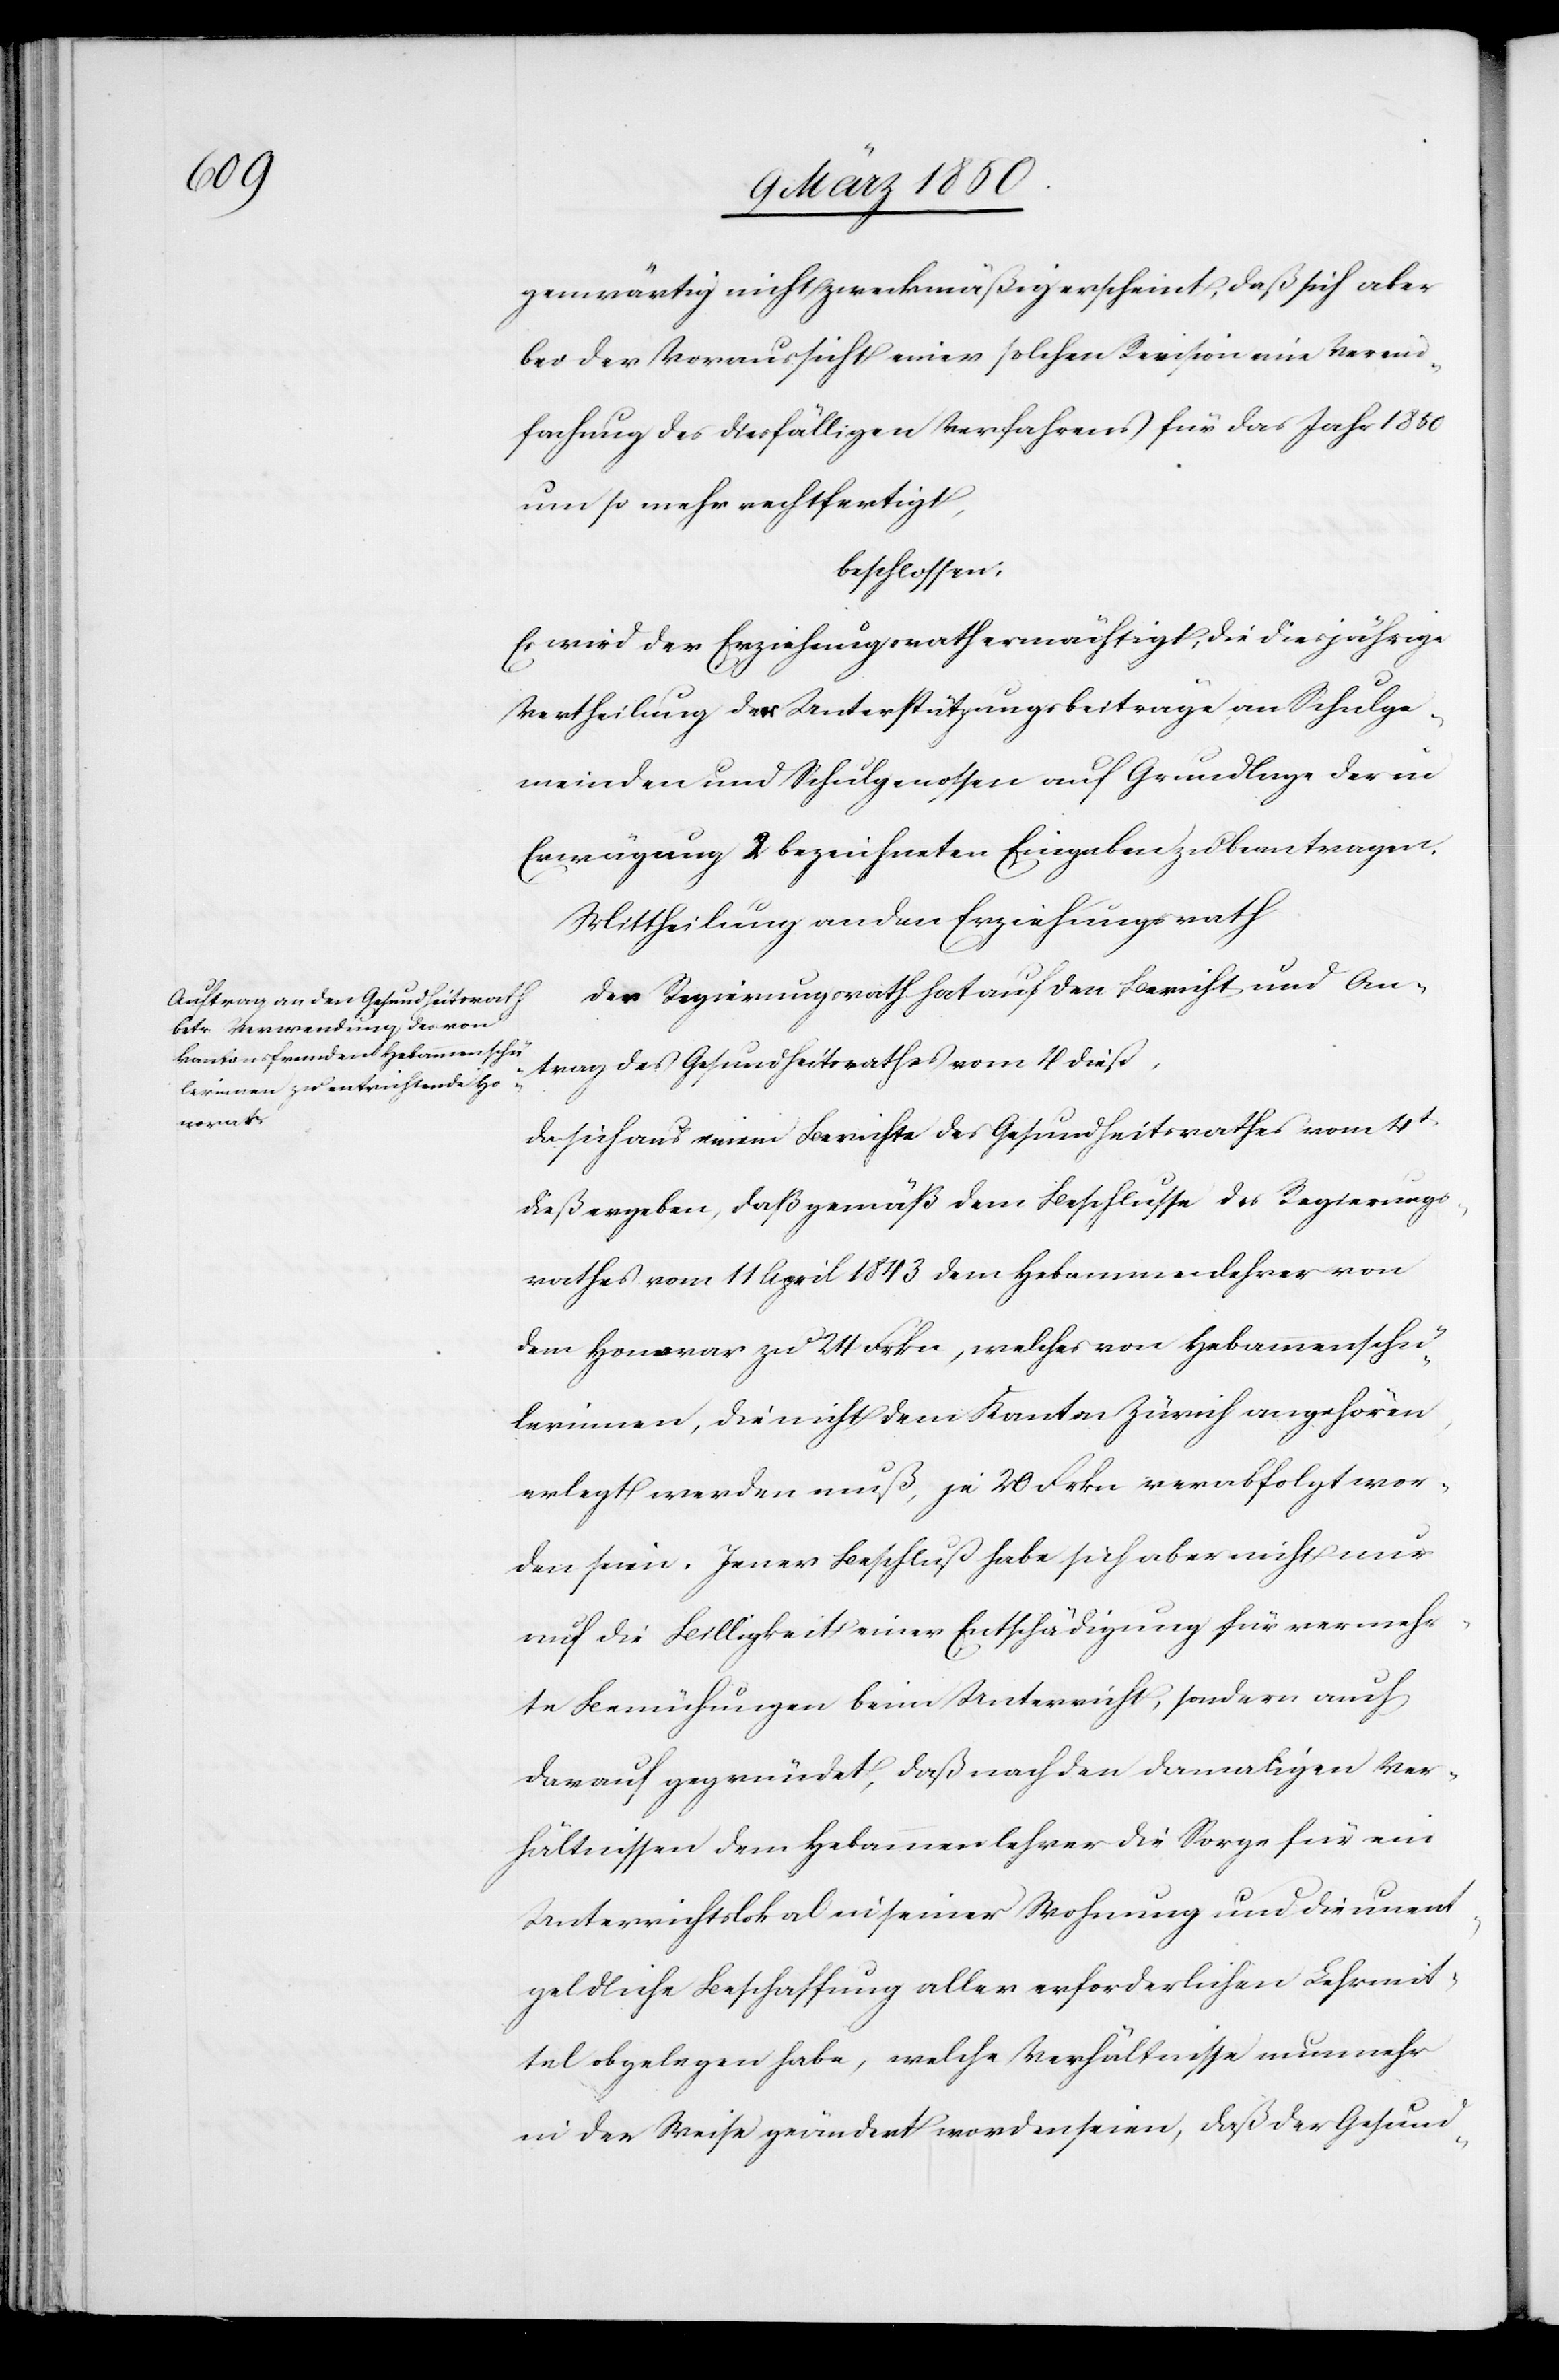
genwärtig nicht zweckmäßig erscheint, daß sich aber
bei der Voraussicht einer solchen Revision eine Verein¬
fachung des diesfälligen Verfahrens für das Jahr 1850
um so mehr rechtfertigt,
beschlossen:
Es wird der Erziehungsrath ermächtigt, die diesjährige
Vertheilung der Unterstützungsbeiträge an Schulge¬
meinden und Schulgenossen auf Grundlage der in
Erwägung 2 bezeichneten Eingaben zu beantragen.
Mittheilung an den Erziehungsrath.
Der Regierungsrath hat auf den Bericht und An¬
trag des Gesundheitsrathes vom 4 dieß,
da sich aus einem Berichte des Gesundheitsrathes vom 4t
dieß ergeben, daß gemäß dem Beschlusse des Regierungs¬
rathes vom 11 April 1843 dem Hebammenlehrer von
dem Honorar zu 24 Frkn, welches von Hebammenschü¬
lerinnen, die nicht dem Kanton Zürich angehören,
erlegt werden muß, je 20 Frkn verabfolgt wor¬
den seien. Jener Beschluß habe sich aber nicht nur
auf die Billigkeit einer Entschädigung für vermehr¬
te Bemühungen beim Unterricht, sondern auch
darauf gegründet, daß nach den damaligen Ver¬
hältnissen dem Hebammenlehrer die Sorge für ein
Unterrichtslokal in seiner Wohnung und die unent¬
geldliche Beschaffung aller erforderlichen Lehrmit¬
tel obgelegen habe, welche Verhältnisse nunmehr
in der Weise geändert worden seien, daß der Gesund-